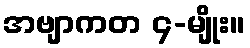
အဗျာကတ ၄-မျိုး။